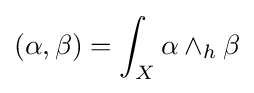
(\alpha ,\beta )=\int _{X}\alpha \wedge _{h}\beta